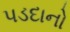
પડદાનો